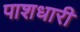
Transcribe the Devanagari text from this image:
पाशधारी